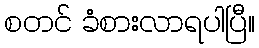
စတင် ခံစားလာရပါပြီ။